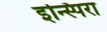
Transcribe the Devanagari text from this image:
इन्स्पिरा